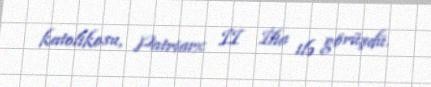
katolikosu, Patriarx II İlia ilə görüşdü.